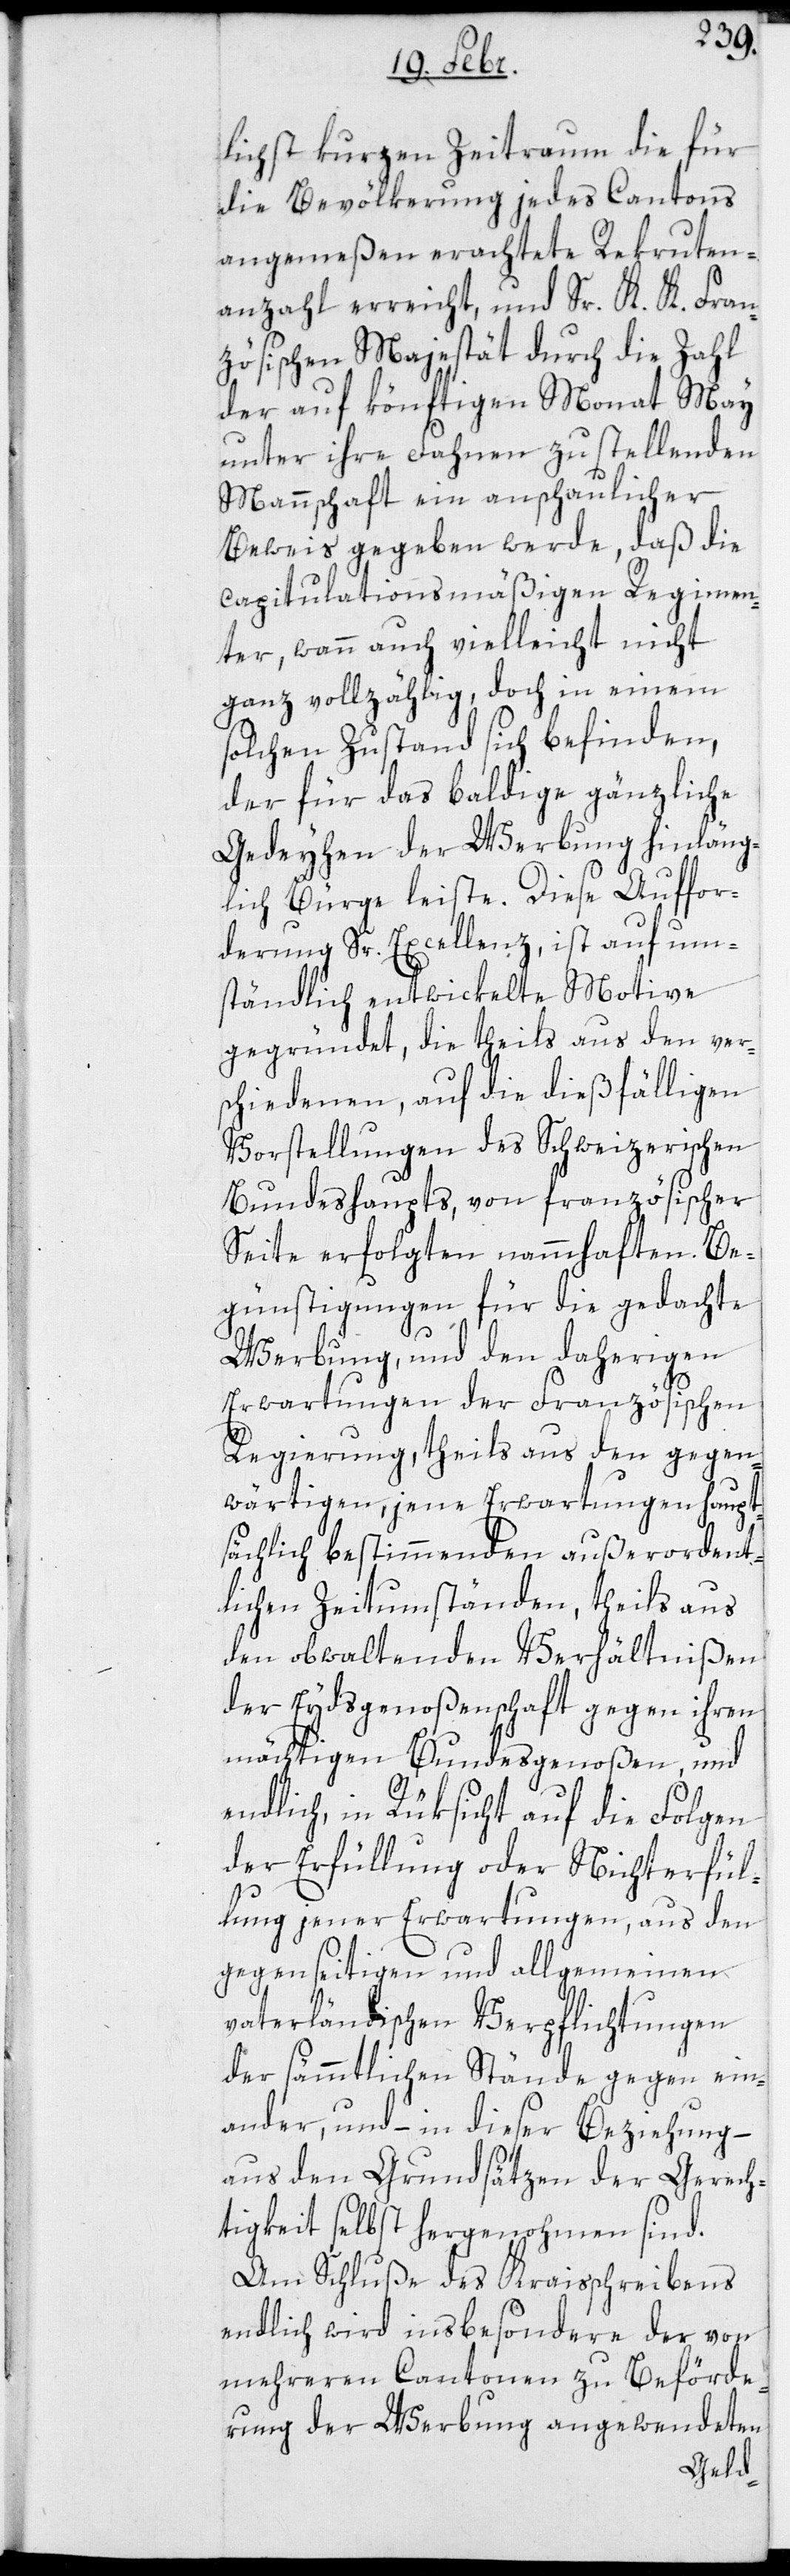
lichst kurzen Zeitraum die für
die Bevölkerung jedes Cantons
angemeßen erachtete Rekruten¬
anzahl erreicht, und Sr. K. K. Fran¬
zösischen Mayestät durch die Zahl
der auf könftigen Monat May
unter ihre Fahnen zu stellenden
Mannschaft ein anschaulicher
Beweis gegeben werde, daß die
capitulationsmäßigen Regimen¬
ter, wann auch vielleicht nicht
ganz vollzählig, doch in einem
solchen Zustand sich befinden,
der für das baldige gänzliche
Gedeihen der Werbung hinläng¬
lich Bürge leiste. Diese Auffor¬
derung Sr. Excellenz, ist auf um¬
ständlich entwickelte Motive
gegründet, die theils aus den ver¬
schiedenen, auf die dießfälligen
Vorstellungen des Schweitzerischen
Bundeshaupts, von Französischer
Seite erfolgten namhaften Be¬
günstigungen für die gedachte
Werbung, und den daherigen
Erwartungen der Französischen
Regierung, theils aus den gegen¬
wärtigen, jene Erwartungen haupt¬
sächlich bestimmenden außerordent¬
lichen Zeitumständen, theils aus
den obwaltenden Verhältnißen
der Eydsgenoßenschaft gegen ihren
mächtigen Bundesgenoßen, und
endlich, in Rüksicht auf die Folgen
der Erfüllung oder Nichterfül¬
lung jener Erwartungen, aus den
gegenseitigen und allgemeinen
vaterländischen Verpflichtungen
der sämmtlichen Stände gegen ein¬
ander, und – in dieser Beziehung –
aus den Grundsätzen der Gerech¬
tigkeit selbst hergenohmen sind.
Am Schluße des Kreisschreibens
endlich wird insbesondere der von
mehreren Cantonen zu Beförde¬
rung der Werbung angewendeten